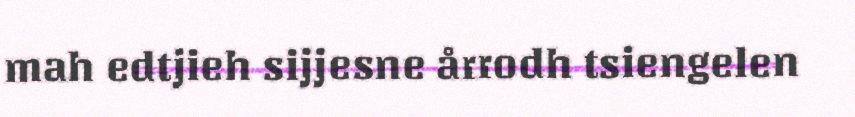
mah edtjieh sijjesne årrodh tsiengelen